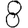
Digit: 8